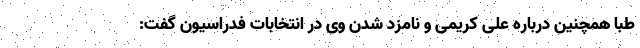
طبا همچنین درباره علی کریمی و نامزد شدن وی در انتخابات فدراسیون گفت: